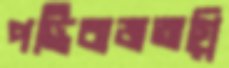
পট্টিবাজঅগ্নি